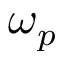
\omega _ { p }